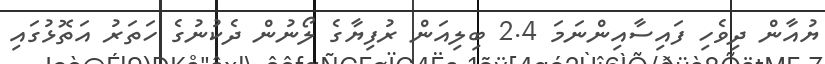
ޔުއާން ދިވެހި ފައިސާއިންނަމަ 2.4 ބިލިއަން ރުފިޔާގެ ލޯނުން ދެކުނުގެ ހަތަރު އަތޮޅުގައި